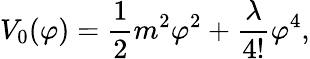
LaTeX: V_{0}(\varphi)=\frac{1}{2}m^{2}\varphi^{2}+\frac{\lambda}{4!}\varphi^{4},